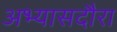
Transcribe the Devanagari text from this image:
अभ्यासदौरा